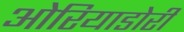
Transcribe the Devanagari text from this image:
ओरियाडोरी